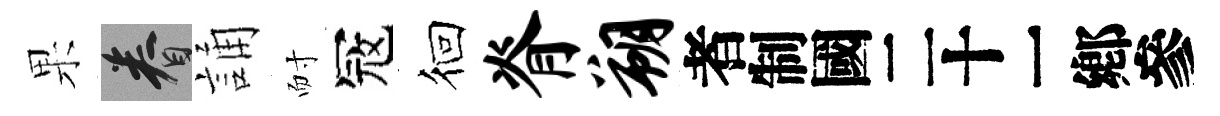
果眷誦耐冦徊脊朔识